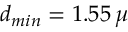
d _ { m i n } = 1 . 5 5 \, \mu